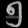
Digit: ၅